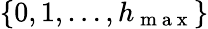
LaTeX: \{ 0,1,\dots,h_{\mathrm{~m~a~x~}}\}